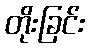
တိုးခြင်း